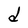
Character: d